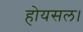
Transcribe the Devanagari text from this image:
होयसल।